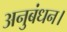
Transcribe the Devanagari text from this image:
अनुबंधन।